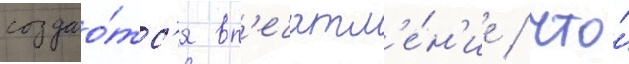
создао́тс'я вп'ечатл'е́н'ие / что́